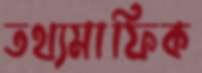
তথ্যমাফিক